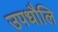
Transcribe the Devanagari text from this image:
उपधौलि